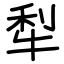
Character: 犁